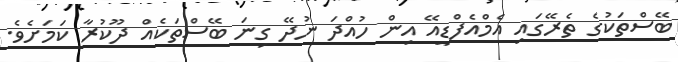
ބޭސްތަކުގެ ތެރޭގައި އެމްއެފްޑީއޭ އިން ހުއްދަ ނުދޭ ގިނަ ބޭސްތަކެއް ދޫކުރާ ކަަމަށެވެ.